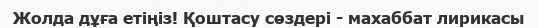
Жолда дұға етіңіз! Қоштасу сөздері - махаббат лирикасы